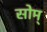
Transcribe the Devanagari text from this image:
सोम्